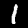
Digit: 1